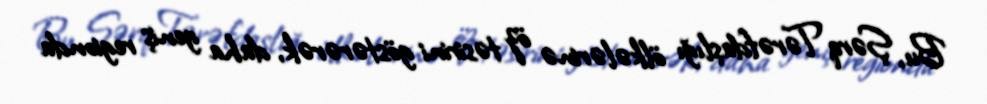
Bu, Şərq Tərəfdaşlığı ölkələrinə öz təsirini göstərərək, daha geniş regionda